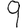
Digit: 9